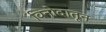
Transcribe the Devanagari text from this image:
विनोदातून